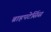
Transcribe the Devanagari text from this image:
ब्राहपटेर्सिस